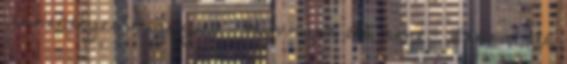
Ünnepélyes megnyitó - Himnusz élő zene - Szózat élő